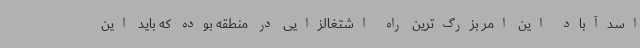
اسدآباد این امر بزرگ‌ترین راه اشتغالزایی در منطقه بوده که باید این